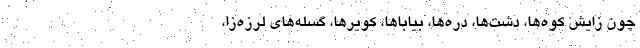
چون زایش کوه‌ها، دشت‌ها، دره‌ها، بیاباها، کویرها، گسله‌های لرزه‌زا،